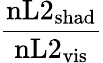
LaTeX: \frac{\mathrm{nL2}_{\mathrm{shad}}}{\mathrm{nL2}_{\mathrm{vis}}}